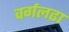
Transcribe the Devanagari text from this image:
वर्गलढा